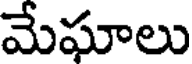
మేఘాలు